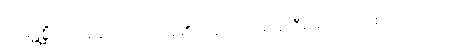
သမ္ပဋိစ္ဆိံသု၊ ဝန်ခံကြလေကုန်၏။ ပန၊ ဆက်၍ဆိုဦးအံ့။ တာယစဝေလာယ၊